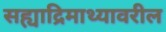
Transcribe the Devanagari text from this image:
सह्याद्रिमाथ्यावरील